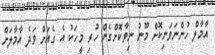
އާމާލް ހުންނަވަނިކޮށް މޫނު ނިވާކޮށްގެން ހުރި މީހަކު އެ ގެއަށް ވަދެ އާމާލަށް